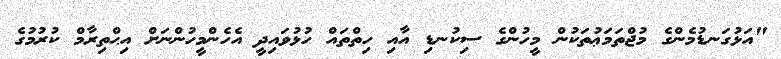
"އަޅުގަނޑުމެންގެ މުޖްތަމަޢުތަކުން މީހުންގެ ސިކުނޑި އާއި ހިތްތައް ހުޅުވައިދީ އެހެންމީހުންނަށް އިޙްތިރާމް ކުރުމުގެ